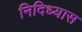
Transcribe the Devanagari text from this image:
निदिध्यास